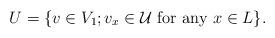
LaTeX: \begin{align*}U = \{ v \in V_{1}; v_{x} \in \mathcal{U} \mbox{ for any } x \in L \}.\end{align*}